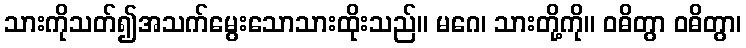
သားကိုသတ်၍အသက်မွေးသောသားထိုးသည်။ မဂေ၊ သားတို့ကို။ ဝဓိတွာ ဝဓိတွာ၊